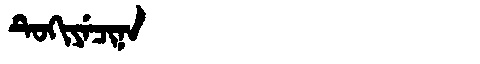
Manchu: ᡨᡠᡴᡳᠶᡝᠴᡳᠨᠠ
Romanization: TUKIYECINA